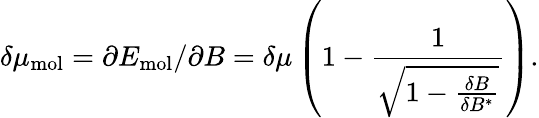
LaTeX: \delta\mu_{\mathrm{mol}}=\partial E_{\mathrm{mol}}/\partial B=\delta\mu\left(1-\frac{1}{\sqrt{1-\frac{\delta B}{\delta B^{*}}}}\right).